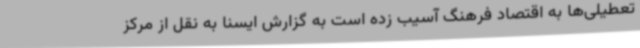
تعطیلی‌ها به اقتصاد فرهنگ آسیب زده است به گزارش ایسنا به نقل از مرکز